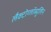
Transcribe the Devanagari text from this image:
लैक्टोग्लॉब्युलिन